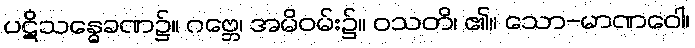
ပဋိသန္ဓေခဏ၌။ ဂဗ္ဘေ၊ အမိဝမ်း၌။ ဝသတိ၊ ၏။ သော-မာဏဝေါ၊